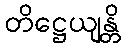
တိဋ္ဌေယျန္တိ